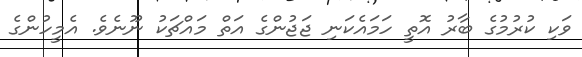
ވަކި ކުރުމުގެ ބާރު އޮތީ ހަމައެކަނި ޖަޖުންގެ އަތް މައްޗަކު ނޫނެވެ. އެމީހުންގެ